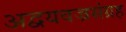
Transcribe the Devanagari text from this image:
अद्वयवज्रसंग्रह